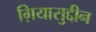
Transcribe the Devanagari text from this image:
ग़ियासुद्दीन